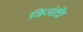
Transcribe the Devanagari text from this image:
बिजंचि